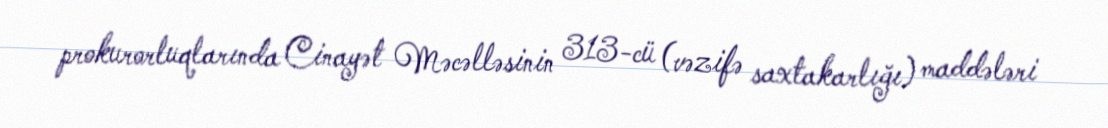
prokurorluqlarında Cinayət Məcəlləsinin 313-cü (vəzifə saxtakarlığı) maddələri